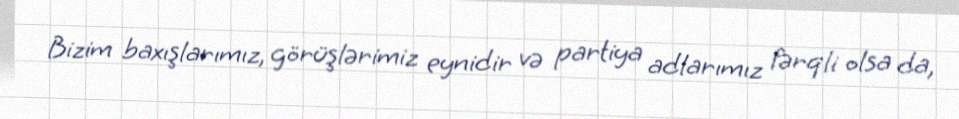
Bizim baxışlarımız, görüşlərimiz eynidir və partiya adlarımız fərqli olsa da,